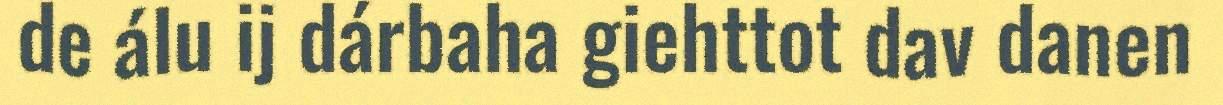
de álu ij dárbaha giehttot dav danen